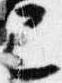
已